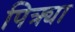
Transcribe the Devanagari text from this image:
पित्र्या